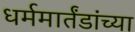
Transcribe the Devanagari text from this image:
धर्ममार्तंडांच्या